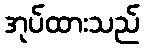
အုပ်ထားသည်